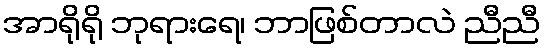
အာရိုရို ဘုရားရေ၊ ဘာဖြစ်တာလဲ ညီညီ